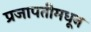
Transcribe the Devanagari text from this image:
प्रजापतीमधून